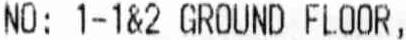
NO: 1-1&2 GROUND FLOOR,